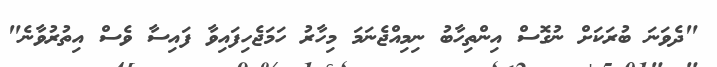
"ދެވަނަ ބުރަކަށް ނުގޮސް އިންތިހާބު ނިމިއްޖެނަމަ މިހާރު ހަމަޖެހިފައިވާ ފައިސާ ވެސް އިތުރުވާނެ"